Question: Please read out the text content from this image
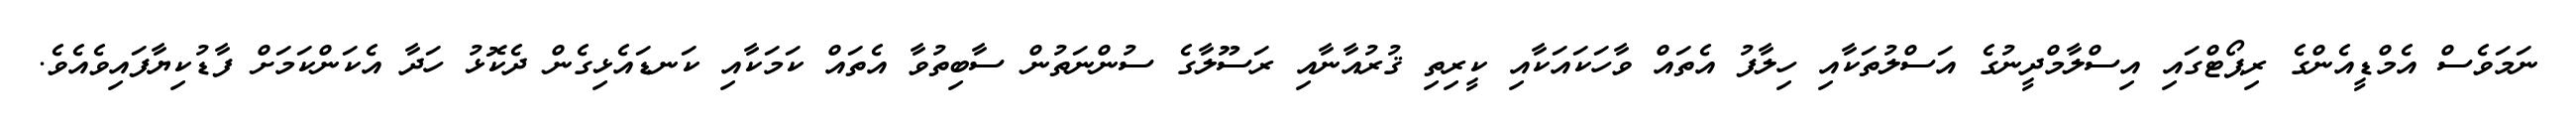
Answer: ނަމަވެސް އެމްޑީއެންގެ ރިޕޯޓްގައި އިސްލާމްދީނުގެ އަސްލުތަކާއި ހިލާފު އެތައް ވާހަކައަކާއި ކީރިތި ޤުރުއާނާއި ރަސޫލާގެ ސުންނަތުން ސާބިތުވާ އެތައް ކަމަކާއި ކަނޑައެޅިގެން ދެކޮޅު ހަދާ އެކަންކަމަށް ފާޑުކިޔާފައިވެއެވެ.